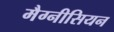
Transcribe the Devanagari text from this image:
मैग्नीसियन